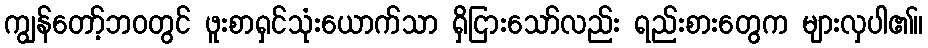
ကျွန်တော့်ဘဝတွင် ဖူးစာရှင်သုံးယောက်သာ ရှိငြားသော်လည်း ရည်းစားတွေက များလှပါ၏။